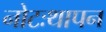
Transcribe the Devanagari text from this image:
नोटःथापन